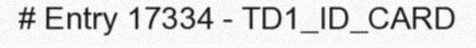
# Entry 17334 - TD1_ID_CARD